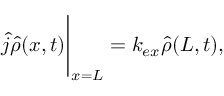
\hat { j } \hat { \rho } ( x , t ) \Bigg | _ { x = L } = k _ { e x } \hat { \rho } ( L , t ) ,